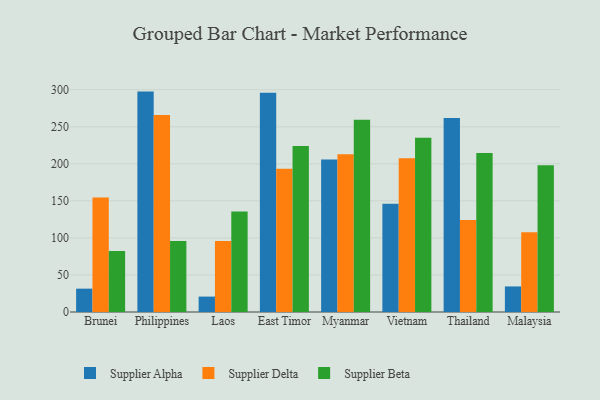
{"axis": {"x": "Country", "y": "Waste Production (Tons)"}, "legend": ["Supplier Alpha", "Supplier Beta", "Supplier Delta"], "data": [{"x": "Brunei", "y": 31.5, "type": "Supplier Alpha"}, {"x": "Brunei", "y": 154.7, "type": "Supplier Delta"}, {"x": "Brunei", "y": 82.2, "type": "Supplier Beta"}, {"x": "Philippines", "y": 297.5, "type": "Supplier Alpha"}, {"x": "Philippines", "y": 265.9, "type": "Supplier Delta"}, {"x": "Philippines", "y": 95.8, "type": "Supplier Beta"}, {"x": "Laos", "y": 20.8, "type": "Supplier Alpha"}, {"x": "Laos", "y": 95.8, "type": "Supplier Delta"}, {"x": "Laos", "y": 135.8, "type": "Supplier Beta"}, {"x": "East Timor", "y": 296.1, "type": "Supplier Alpha"}, {"x": "East Timor", "y": 193.5, "type": "Supplier Delta"}, {"x": "East Timor", "y": 224.2, "type": "Supplier Beta"}, {"x": "Myanmar", "y": 205.7, "type": "Supplier Alpha"}, {"x": "Myanmar", "y": 212.8, "type": "Supplier Delta"}, {"x": "Myanmar", "y": 259.5, "type": "Supplier Beta"}, {"x": "Vietnam", "y": 146.2, "type": "Supplier Alpha"}, {"x": "Vietnam", "y": 207.5, "type": "Supplier Delta"}, {"x": "Vietnam", "y": 235.1, "type": "Supplier Beta"}, {"x": "Thailand", "y": 261.7, "type": "Supplier Alpha"}, {"x": "Thailand", "y": 124.2, "type": "Supplier Delta"}, {"x": "Thailand", "y": 214.7, "type": "Supplier Beta"}, {"x": "Malaysia", "y": 34.5, "type": "Supplier Alpha"}, {"x": "Malaysia", "y": 107.7, "type": "Supplier Delta"}, {"x": "Malaysia", "y": 198.0, "type": "Supplier Beta"}]}